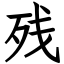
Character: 残